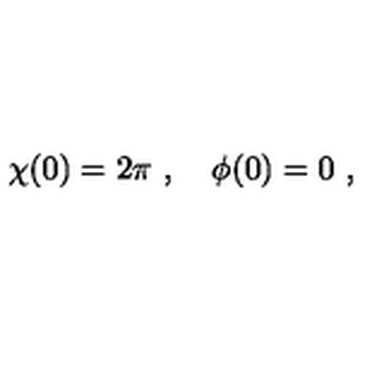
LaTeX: \chi ( 0 ) = 2 \pi \ , \quad \phi ( 0 ) = 0 \ ,